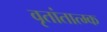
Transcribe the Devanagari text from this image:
वृतांतात्‍म्क